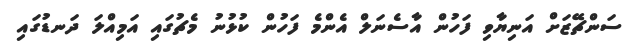
ސަންޗޭޒަށް އަނިޔާވި ފަހުން އާސެނަލް އެންމެ ފަހުން ކުޅުނު މެޗުގައި އަމިއްލަ ދަނޑުގައި